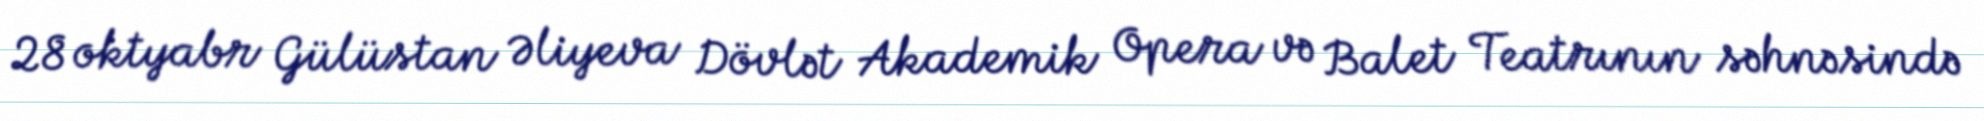
28 oktyabr Gülüstan Əliyeva Dövlət Akademik Opera və Balet Teatrının səhnəsində